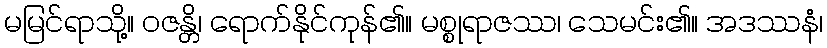
မမြင်ရာသို့။ ဝဇန္တိ၊ ရောက်နိုင်ကုန်၏။ မစ္စုရာဇဿ၊ သေမင်း၏။ အဒဿနံ၊